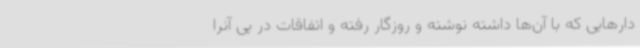
دارهایی که با آن‌ها داشته نوشته و روزگار رفته و اتفاقات در پی آنرا